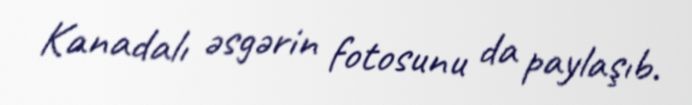
Kanadalı əsgərin fotosunu da paylaşıb.